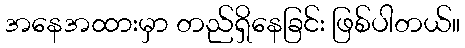
အနေအထားမှာ တည်ရှိနေခြင်း ဖြစ်ပါတယ်။